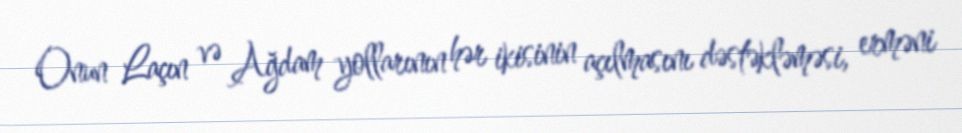
Onun Laçın və Ağdam yollarının hər ikisinin açılmasını dəstəkləməsi, erməni